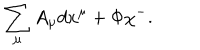
\sum _ { \mu } A _ { \mu } d x ^ { \mu } + { \Phi } \chi ^ { - } .